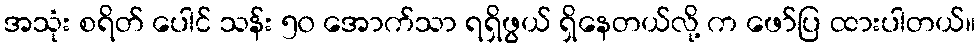
အသုံး စရိတ် ပေါင် သန်း ၅၀ အောက်သာ ရရှိဖွယ် ရှိနေတယ်လို့ က ဖော်ပြ ထားပါတယ်။